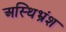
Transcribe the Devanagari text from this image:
अस्थिभ्रंश